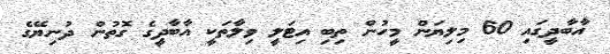
އާބާދީގައި 60 މިލިޔަން މީހުން ތިބި އިޓަލީ ވިލާތަކީ އާބާދީގެ ގޮތުން ދުނިޔޭގެ